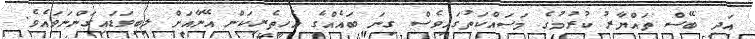
އަދި ބޭސް ތައްޔާރު ކުރުމުގެ މަސައްކަތުގައިވެސް ގިނަ ބައެއްގެ އެހީތެރިކަން އޭނާއަށް ލިބިވަޑައިގަންނަވައެވެ.